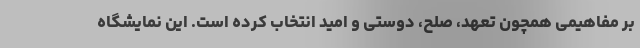
بر مفاهیمی همچون تعهد، صلح، دوستی و امید انتخاب کرده است. این نمایشگاه